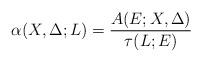
LaTeX: \begin{align*} \alpha(X,\Delta;L)=\frac{A(E;X,\Delta)}{\tau(L;E)}\end{align*}